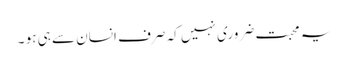
یہ محبت ضروری نہیں کہ صرف انسان سے ہی ہو ۔